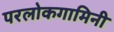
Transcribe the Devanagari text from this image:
परलोकगामिनी